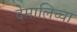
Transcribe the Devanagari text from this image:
देमालिच्चा